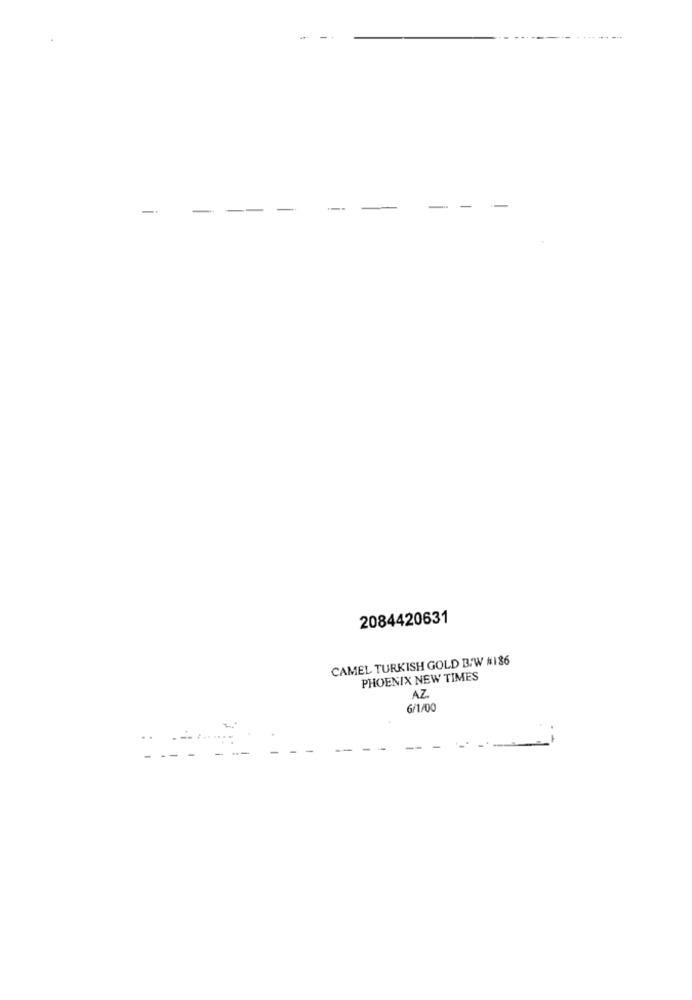
----
-.
-
--
-
-
2084420631
CAMEL TURKISH GOLD B/W #186
PHOENIX NEW TIMES
AZ
6/1/00